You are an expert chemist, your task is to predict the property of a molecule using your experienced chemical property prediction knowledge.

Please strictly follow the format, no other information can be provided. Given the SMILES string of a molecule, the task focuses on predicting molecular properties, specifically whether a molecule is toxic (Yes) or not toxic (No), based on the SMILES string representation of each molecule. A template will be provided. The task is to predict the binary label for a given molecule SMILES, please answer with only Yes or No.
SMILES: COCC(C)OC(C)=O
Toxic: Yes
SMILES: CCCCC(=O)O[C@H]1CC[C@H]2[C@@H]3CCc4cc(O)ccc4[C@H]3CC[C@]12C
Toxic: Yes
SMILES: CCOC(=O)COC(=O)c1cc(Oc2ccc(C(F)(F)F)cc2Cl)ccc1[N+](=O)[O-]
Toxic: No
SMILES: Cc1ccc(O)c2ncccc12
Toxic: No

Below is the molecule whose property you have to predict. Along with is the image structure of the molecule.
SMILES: O=C(O)c1cc(O)nc(O)n1
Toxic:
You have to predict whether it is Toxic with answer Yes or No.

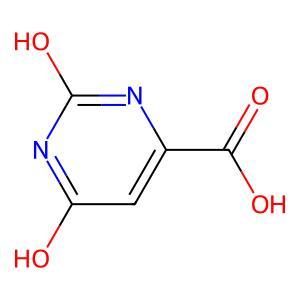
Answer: No